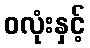
ဝလုံးနှင့်